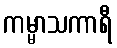
ကမ္မာသကာရီ